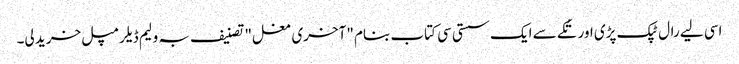
اسی لیے رال ٹپک پڑی اور تُکے سے ایک سستی سی کتاب بنام "آخری مغل" تصنیف بہ ولیم ڈیلرمپل خرید لی۔